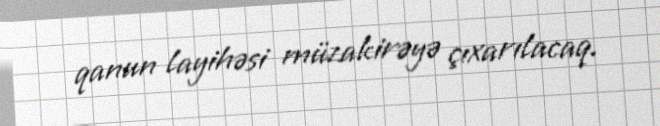
qanun layihəsi müzakirəyə çıxarılacaq.